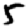
Digit: 5